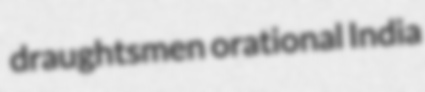
draughtsmen orational India